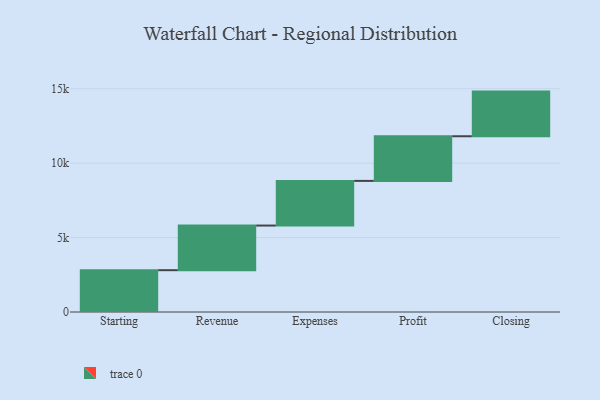
{"axis": {"x": "Step", "y": "Value"}, "legend": [""], "data": [{"x": "Starting", "y": 2809.0, "type": ""}, {"x": "Revenue", "y": 3000, "type": ""}, {"x": "Expenses", "y": 3000, "type": ""}, {"x": "Profit", "y": 3000, "type": ""}, {"x": "Closing", "y": 3000, "type": ""}]}